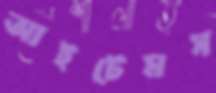
আইটেমস